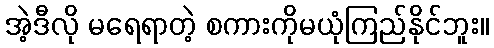
အဲ့ဒီလို မရေရာတဲ့ စကားကိုမယုံကြည်နိုင်ဘူး။